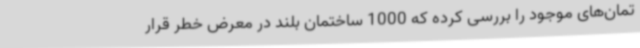
تمان‌های موجود را بررسی کرده که 1000 ساختمان بلند در معرض خطر قرار